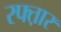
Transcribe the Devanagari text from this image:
रफ्त़ार